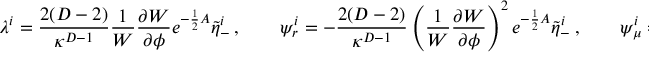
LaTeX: \lambda ^ { i } = { \frac { 2 ( D - 2 ) } { \kappa ^ { D - 1 } } } { \frac { 1 } { W } } { \frac { \partial W } { \partial \phi } } e ^ { - { \frac { 1 } { 2 } } A } \tilde { \eta } _ { - } ^ { i } \ , \qquad \psi _ { r } ^ { i } = - { \frac { 2 ( D - 2 ) } { \kappa ^ { D - 1 } } } \left( { \frac { 1 } { W } } { \frac { \partial W } { \partial \phi } } \right) ^ { 2 } e ^ { - { \frac { 1 } { 2 } } A } \tilde { \eta } _ { - } ^ { i } \ , \qquad \psi _ { \mu } ^ { i } = 0 \ .